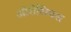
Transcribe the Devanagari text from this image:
ओरोसियस